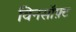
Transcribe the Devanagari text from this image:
विनसॉफ़्ट